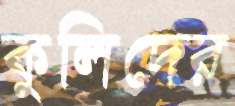
কুলিদের